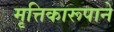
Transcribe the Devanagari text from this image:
मृत्तिकारूपाने